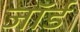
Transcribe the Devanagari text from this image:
जॉर्ड